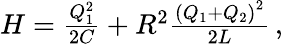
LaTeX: \begin{array}{r}{H=\frac{Q_{1}^{2}}{2C}+R^{2}\frac{{\left(Q_{1}+Q_{2}\right)}^{2}}{2L}\, ,}\end{array}